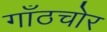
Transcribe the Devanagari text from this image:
गाँठचोर